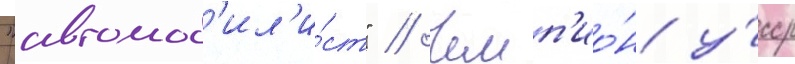
"автомоб'ил'и́ст" // Чемп'ио́н у́сср